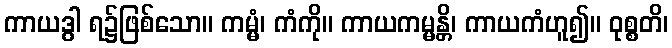
ကာယဒွါ ရ၌ဖြစ်သော။ ကမ္မံ၊ ကံကို။ ကာယကမ္မန္တိ၊ ကာယကံဟူ၍။ ဝုစ္စတိ၊